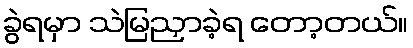
ခွဲရမှာ သဲမြညှာခဲ့ရ တော့တယ်။